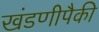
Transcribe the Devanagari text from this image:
खंडणीपैकी